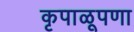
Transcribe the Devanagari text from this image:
कृपाळूपणा